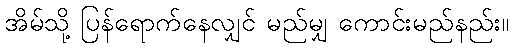
အိမ်သို့ ပြန်ရောက်နေလျှင် မည်မျှ ကောင်းမည်နည်း။